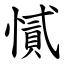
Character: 㦐